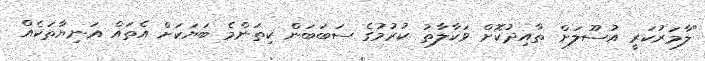
"ލާމަރުކަރީ އުސޫލަށް ތާއިދުކޮށް ވަކާލާތު ކުރުމުގެ ސަބަބަން ކިތަންމެ ބަޔަކަށް އެތައް އަނިޔާތަކެއް